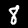
Label: 8